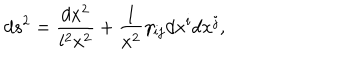
LaTeX: d s ^ { 2 } = \frac { d x ^ { 2 } } { l ^ { 2 } x ^ { 2 } } + \frac 1 { x ^ { 2 } } \gamma _ { i j } d x ^ { i } d x ^ { j } ,